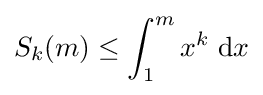
S_{k}(m)\leq \int _{1}^{m}x^{k}\;\mathrm {d} x